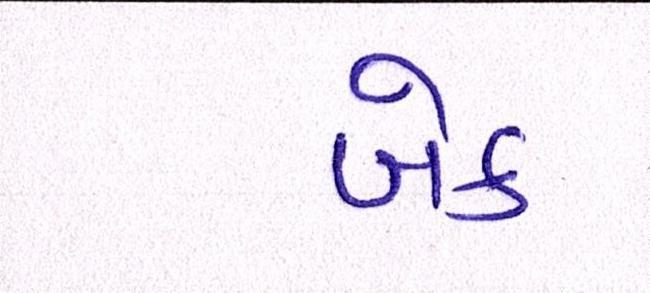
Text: બેક